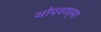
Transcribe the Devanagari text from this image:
थोपवणा्र्‍या